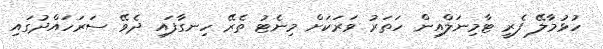
ހުޅުމާލޭ ފެރީ ޓާމިނަލްއިން ހަތަރު ވަރަކަށް މިނެޓު ތެރޭ ހިނގާފައި ދެވޭ ސަރަހައްދުގައި